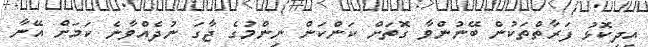
އިދިކޮޅު ފަރާތްތަކުން ބޭނުންވާ ގޮތަށް ކަންކަން ނިންމުގެ ޖާގަ ނުދެއްވާނެ ކަމަށް އޭނާ